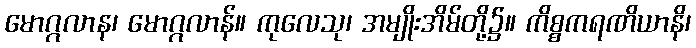
မောဂ္ဂလာန၊ မောဂ္ဂလာန်။ ကုလေသု၊ အမျိုးအိမ်တို့၌။ ကိစ္စကရဏိယာနိ၊